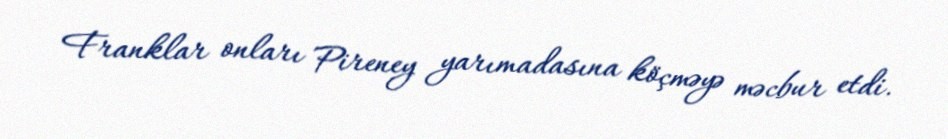
Franklar onları Pireney yarımadasına köçməyə məcbur etdi.